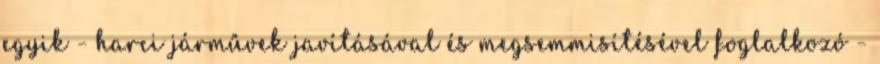
egyik - harci járművek javításával és megsemmisítésével foglalkozó -